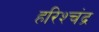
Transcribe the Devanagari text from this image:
हरिश्‍चंद्र